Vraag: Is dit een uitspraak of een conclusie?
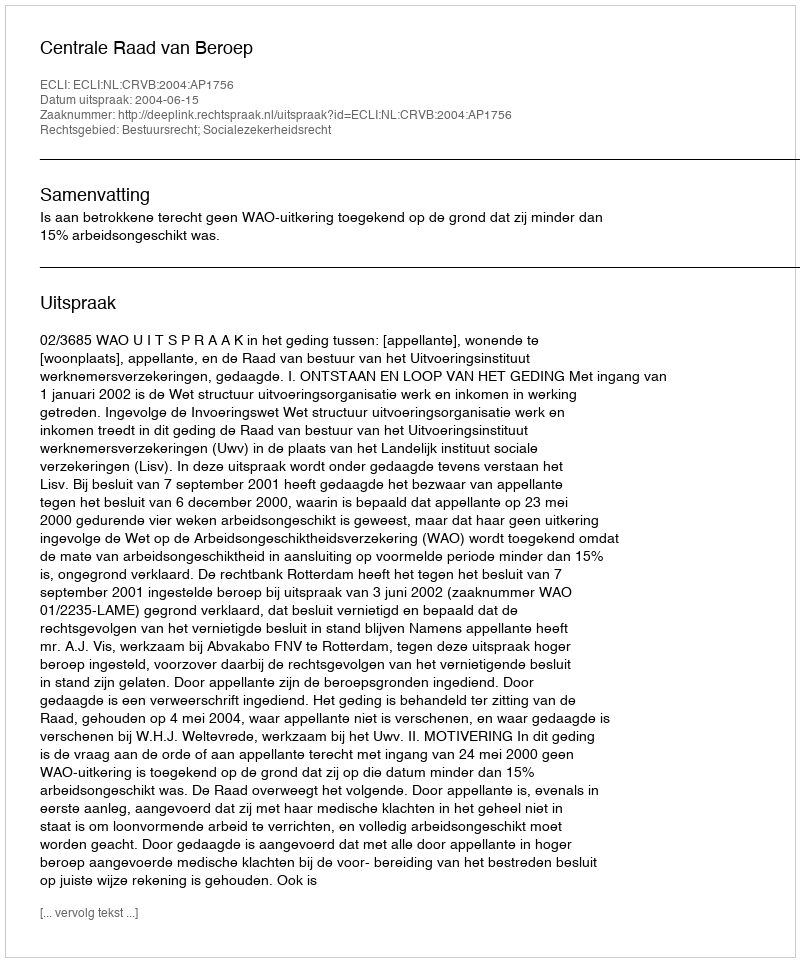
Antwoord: Uitspraak